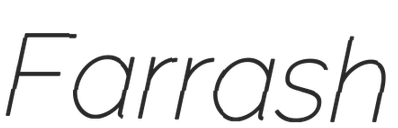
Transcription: Farrash